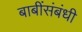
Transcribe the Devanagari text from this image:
बाबींसंबंधी